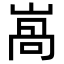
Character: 𡺩